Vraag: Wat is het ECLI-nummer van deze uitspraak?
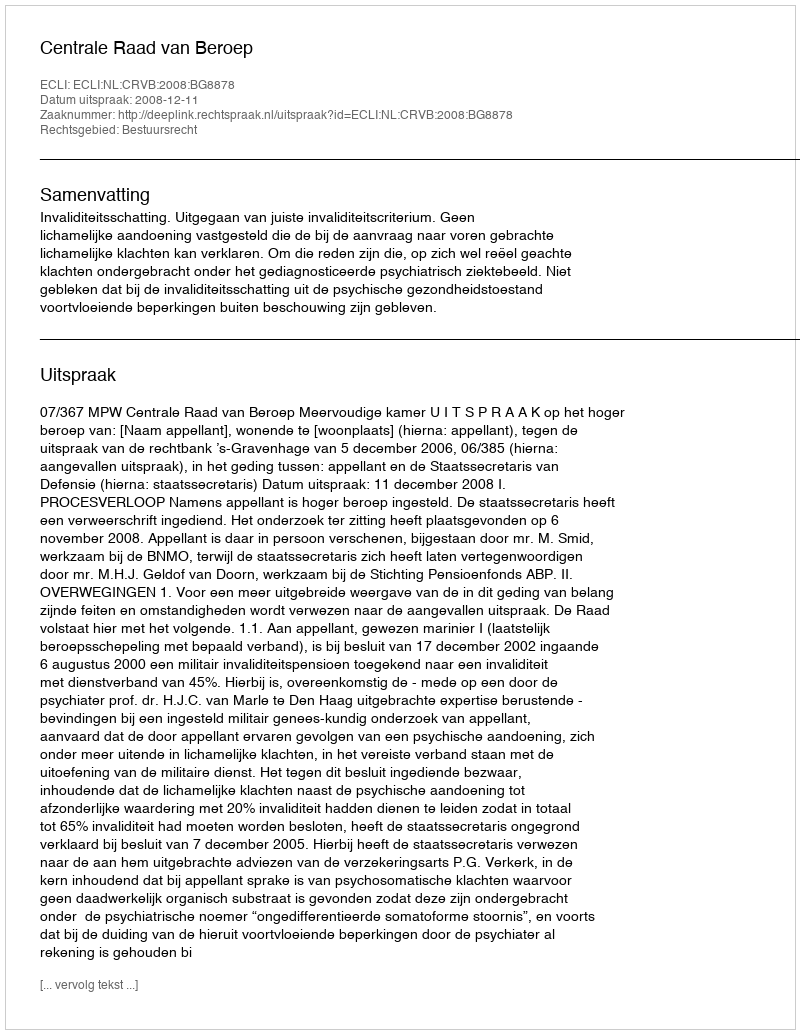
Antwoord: ECLI:NL:CRVB:2008:BG8878